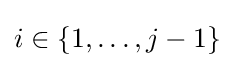
i\in \{1,\ldots ,j-1\}